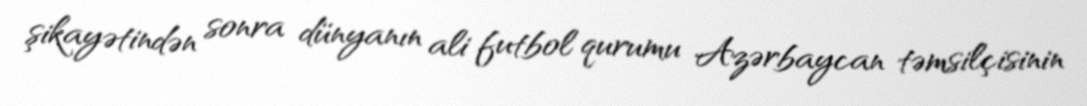
şikayətindən sonra dünyanın ali futbol qurumu Azərbaycan təmsilçisinin